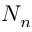
N _ { n }